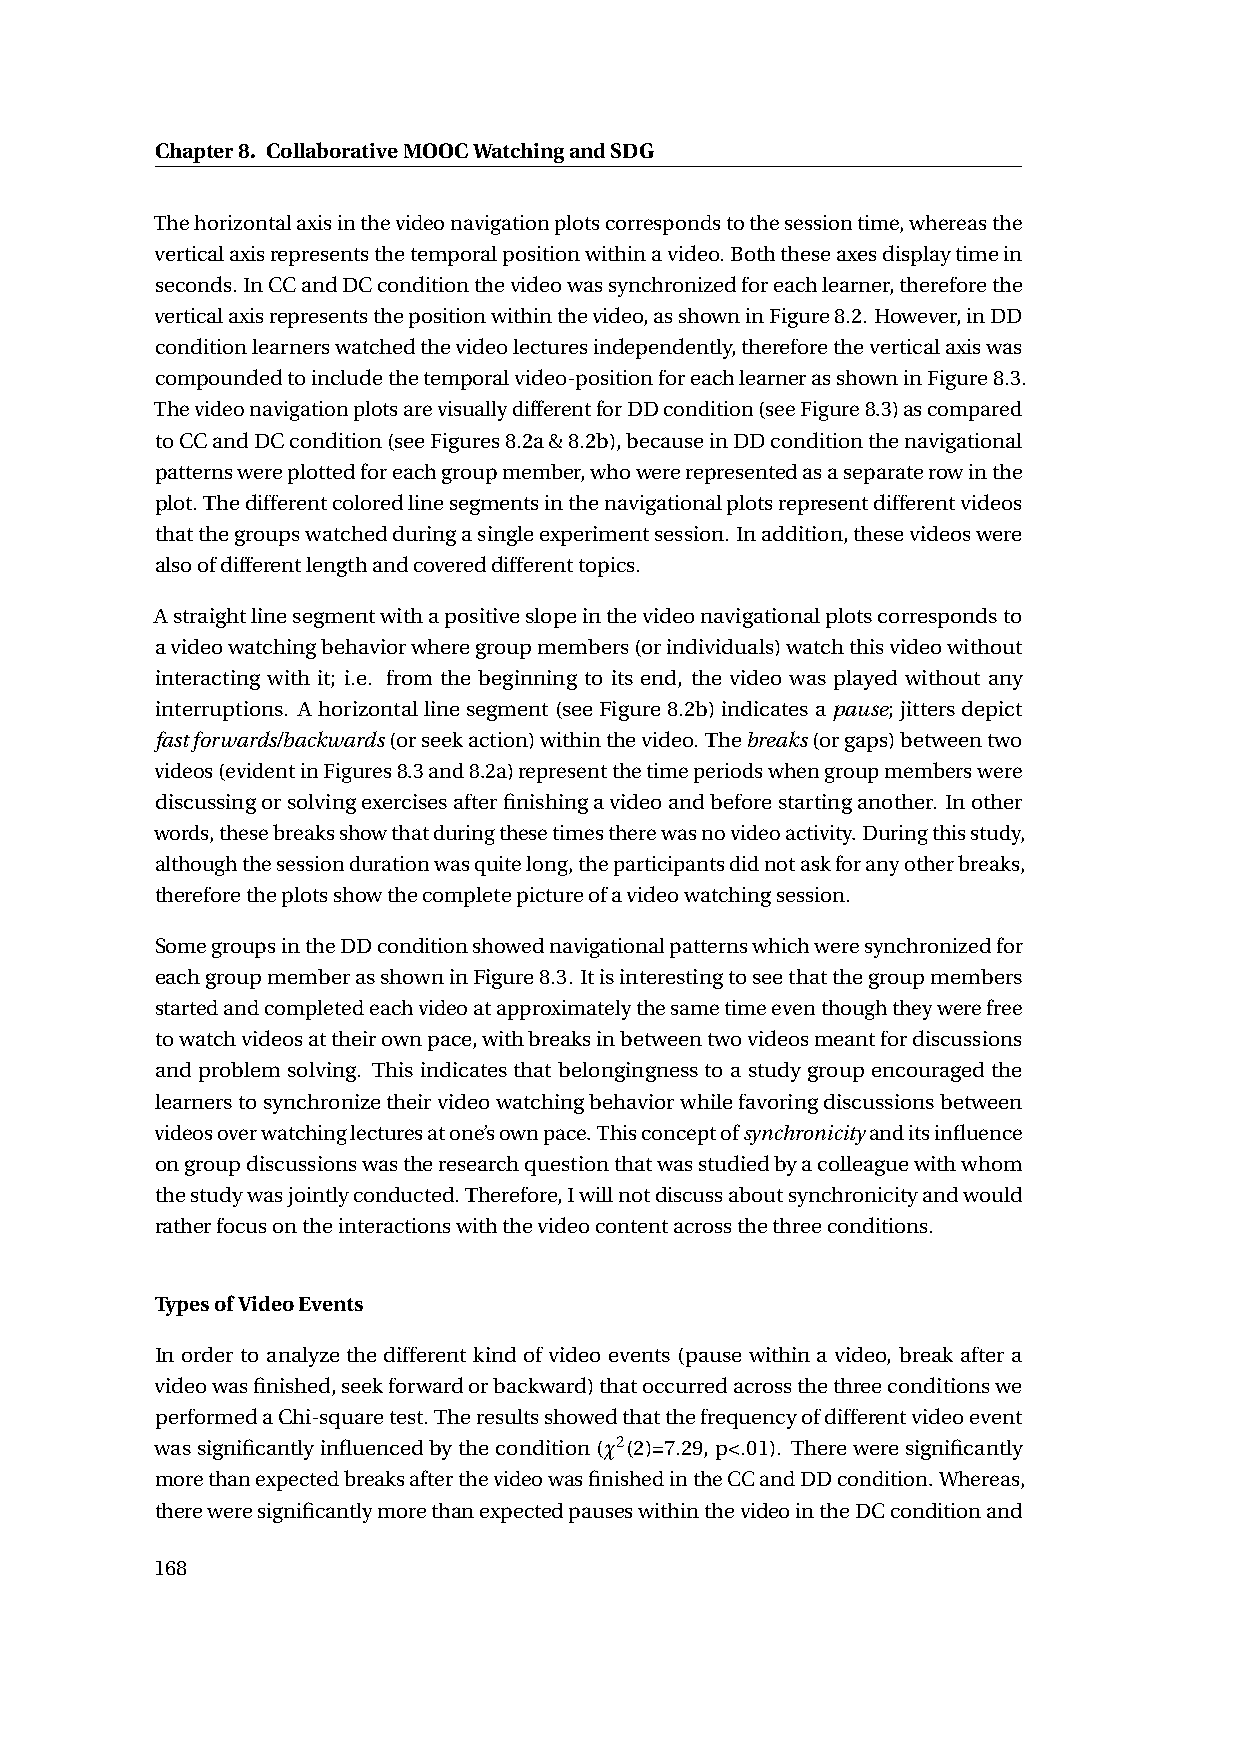
Chapter8. CollaborativeMOOCWatchingandSDG
 Thehorizontalaxisinthevideonavigationplotscorrespondstothesessiontime,whereasthe
 verticalaxisrepresentsthetemporalpositionwithinavideo.Boththeseaxesdisplaytimein
 seconds.InCCandDCconditionthevideowassynchronizedforeachlearner,thereforethe
 verticalaxisrepresentsthepositionwithinthevideo,asshowninFigure8.2.However,inDD
 conditionlearnerswatchedthevideolecturesindependently,thereforetheverticalaxiswas
 compoundedtoincludethetemporalvideo-positionforeachlearnerasshowninFigure8.3.
 ThevideonavigationplotsarevisuallydifferentforDDcondition(seeFigure8.3)ascompared
 toCCandDCcondition(seeFigures8.2a&8.2b),becauseinDDconditionthenavigational
 patternswereplottedforeachgroupmember,whowererepresentedasaseparaterowinthe
 plot.Thedifferentcoloredlinesegmentsinthenavigationalplotsrepresentdifferentvideos
 thatthegroupswatchedduringasingleexperimentsession.Inaddition,thesevideoswere
 alsoofdifferentlengthandcovereddifferenttopics.
 Astraightlinesegmentwithapositiveslopeinthevideonavigationalplotscorrespondsto
 avideowatchingbehaviorwheregroupmembers(orindividuals)watchthisvideowithout
 interacting with it; i.e. from the beginning to its end, the video was played without any
 interruptions. Ahorizontallinesegment(seeFigure8.2b)indicatesapause; jittersdepict
 fastforwards/backwards(orseekaction)withinthevideo.Thebreaks(orgaps)betweentwo
 videos(evidentinFigures8.3and8.2a)representthetimeperiodswhengroupmemberswere
 discussingorsolvingexercisesafterfinishingavideoandbeforestartinganother. Inother
 words,thesebreaksshowthatduringthesetimestherewasnovideoactivity.Duringthisstudy,
 althoughthesessiondurationwasquitelong,theparticipantsdidnotaskforanyotherbreaks,
 thereforetheplotsshowthecompletepictureofavideowatchingsession.
 SomegroupsintheDDconditionshowednavigationalpatternswhichweresynchronizedfor
 eachgroupmemberasshowninFigure8.3. Itisinterestingtoseethatthegroupmembers
 startedandcompletedeachvideoatapproximatelythesametimeeventhoughtheywerefree
 towatchvideosattheirownpace,withbreaksinbetweentwovideosmeantfordiscussions
 andproblemsolving. Thisindicatesthatbelongingnesstoastudygroupencouragedthe
 learnerstosynchronizetheirvideowatchingbehaviorwhilefavoringdiscussionsbetween
 videosoverwatchinglecturesatone’sownpace.Thisconceptofsynchronicityanditsinfluence
 ongroupdiscussionswastheresearchquestionthatwasstudiedbyacolleaguewithwhom
 thestudywasjointlyconducted.Therefore,Iwillnotdiscussaboutsynchronicityandwould
 ratherfocusontheinteractionswiththevideocontentacrossthethreeconditions.
 TypesofVideoEvents
 In order to analyze the different kind of video events (pause within a video, break after a
 videowasfinished,seekforwardorbackward)thatoccurredacrossthethreeconditionswe
 performedaChi-squaretest.Theresultsshowedthatthefrequencyofdifferentvideoevent
 wassignificantlyinfluencedbythecondition(¬2(2)=7.29,p<.01). Thereweresignificantly
 morethanexpectedbreaksafterthevideowasfinishedintheCCandDDcondition.Whereas,
 thereweresignificantlymorethanexpectedpauseswithinthevideointheDCconditionand
 168